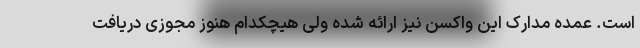
است. عمده مدارک این واکسن نیز ارائه شده ولی هیچکدام هنوز مجوزی دریافت